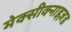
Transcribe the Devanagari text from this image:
मेक्सीक्नाइज़ड